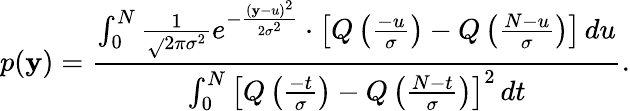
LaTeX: p(\mathbf{y})=\frac{{\int_{0}^{N}\frac{{1}}{{\sqrt{}{{2\pi\sigma^{2}}}}}e^{-\frac{{(\mathbf{y}-u)^{2}}}{{2\sigma^{2}}}}\cdot\left[Q\left(\frac{{-u}}{{\sigma}}\right)-Q\left(\frac{{N-u}}{{\sigma}}\right)\right]\, du}}{{\int_{0}^{N}\left[Q\left(\frac{{-t}}{{\sigma}}\right)-Q\left(\frac{{N-t}}{{\sigma}}\right)\right]^{2}\, dt}}.